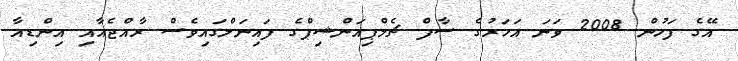
އޭގެ ފަހުން 2008 ވަނަ އަހަރުގެ ސާފް ޗެމްޕިއަންޝިޕްގެ ފައިނަލްގައިވެސް ރާއްޖެއާއި އިންޑިއާ